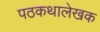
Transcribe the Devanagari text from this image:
पठकथालेखक